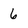
Character: 6